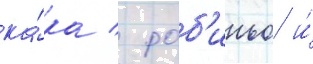
ка́ка / роб'иньо и́